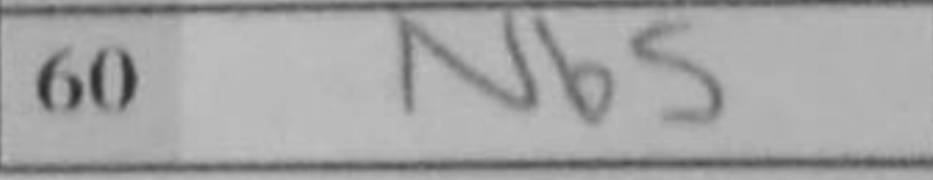
Transcription: Nb5